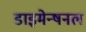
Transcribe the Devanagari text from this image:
डाइमेन्षनल